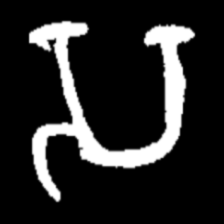
Pyu character \u2014 Myanmar letter: သ (romanized: sa)